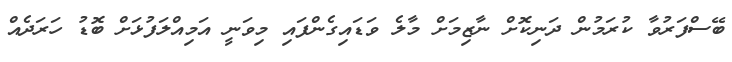
ބޭސްފަރުވާ ކުރަމުން ދަނިކޮށް ނާޒިމަށް މާލެ ވަޑައިގެންފައި މިވަނީ އަމިއްލަފުޅަށް ބޮޑު ހަރަދެއް